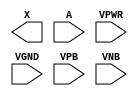
/**
 * Copyright 2020 The SkyWater PDK Authors
 *
 * Licensed under the Apache License, Version 2.0 (the "License");
 * you may not use this file except in compliance with the License.
 * You may obtain a copy of the License at
 *
 *     https://www.apache.org/licenses/LICENSE-2.0
 *
 * Unless required by applicable law or agreed to in writing, software
 * distributed under the License is distributed on an "AS IS" BASIS,
 * WITHOUT WARRANTIES OR CONDITIONS OF ANY KIND, either express or implied.
 * See the License for the specific language governing permissions and
 * limitations under the License.
 *
 * SPDX-License-Identifier: Apache-2.0
 */

`ifndef SKY130_FD_SC_HD__DLYGATE4SD1_PP_BLACKBOX_V
`define SKY130_FD_SC_HD__DLYGATE4SD1_PP_BLACKBOX_V

/**
 * dlygate4sd1: Delay Buffer 4-stage 0.15um length inner stage gates.
 *
 * Verilog stub definition (black box with power pins).
 *
 * WARNING: This file is autogenerated, do not modify directly!
 */

`timescale 1ns / 1ps
`default_nettype none

(* blackbox *)
module sky130_fd_sc_hd__dlygate4sd1 (
    X   ,
    A   ,
    VPWR,
    VGND,
    VPB ,
    VNB
);

    output X   ;
    input  A   ;
    input  VPWR;
    input  VGND;
    input  VPB ;
    input  VNB ;
endmodule

`default_nettype wire
`endif  // SKY130_FD_SC_HD__DLYGATE4SD1_PP_BLACKBOX_V